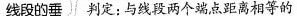
线段的垂 判定：与线段两个端点距离相等的